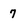
Character: 7